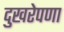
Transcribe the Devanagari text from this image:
दुखरेपणा